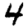
Digit: 4